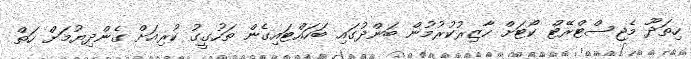
ހިތަދޫ މެޖިސްޓްރޭޓް ކޯޓަށް ހާޒިރުކުރުމުން ބަންދުގައި ބަހައްޓައިގެން ތަހުގީގު ކުރިއަށް ގެންދިޔުމަށް ހަތް